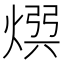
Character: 𭵡